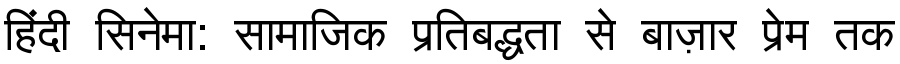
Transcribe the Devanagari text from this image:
हिंदी सिनेमा: सामाजिक प्रतिबद्धता से बाज़ार प्रेम तक